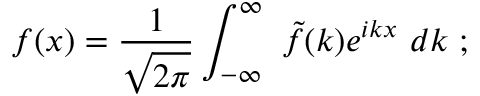
f ( x ) = { \frac { 1 } { \sqrt { 2 \pi } } } \int _ { - \infty } ^ { \infty } \ { \tilde { f } } ( k ) e ^ { i k x } \ d k \ ;